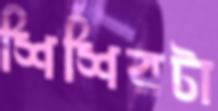
শিশিরটা